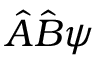
{ \hat { A } } { \hat { B } } \psi